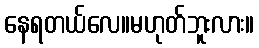
နေရတယ်လေ။မဟုတ်ဘူးလား။